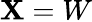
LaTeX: \mathbf{X}=W